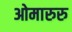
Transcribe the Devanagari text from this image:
ओमारुरु